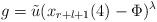
LaTeX: \begin{align*}g=\tilde u(x_{r+l+1}(4)-\Phi)^{\lambda}\end{align*}